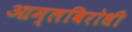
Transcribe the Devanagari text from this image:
आम्लविरोधी